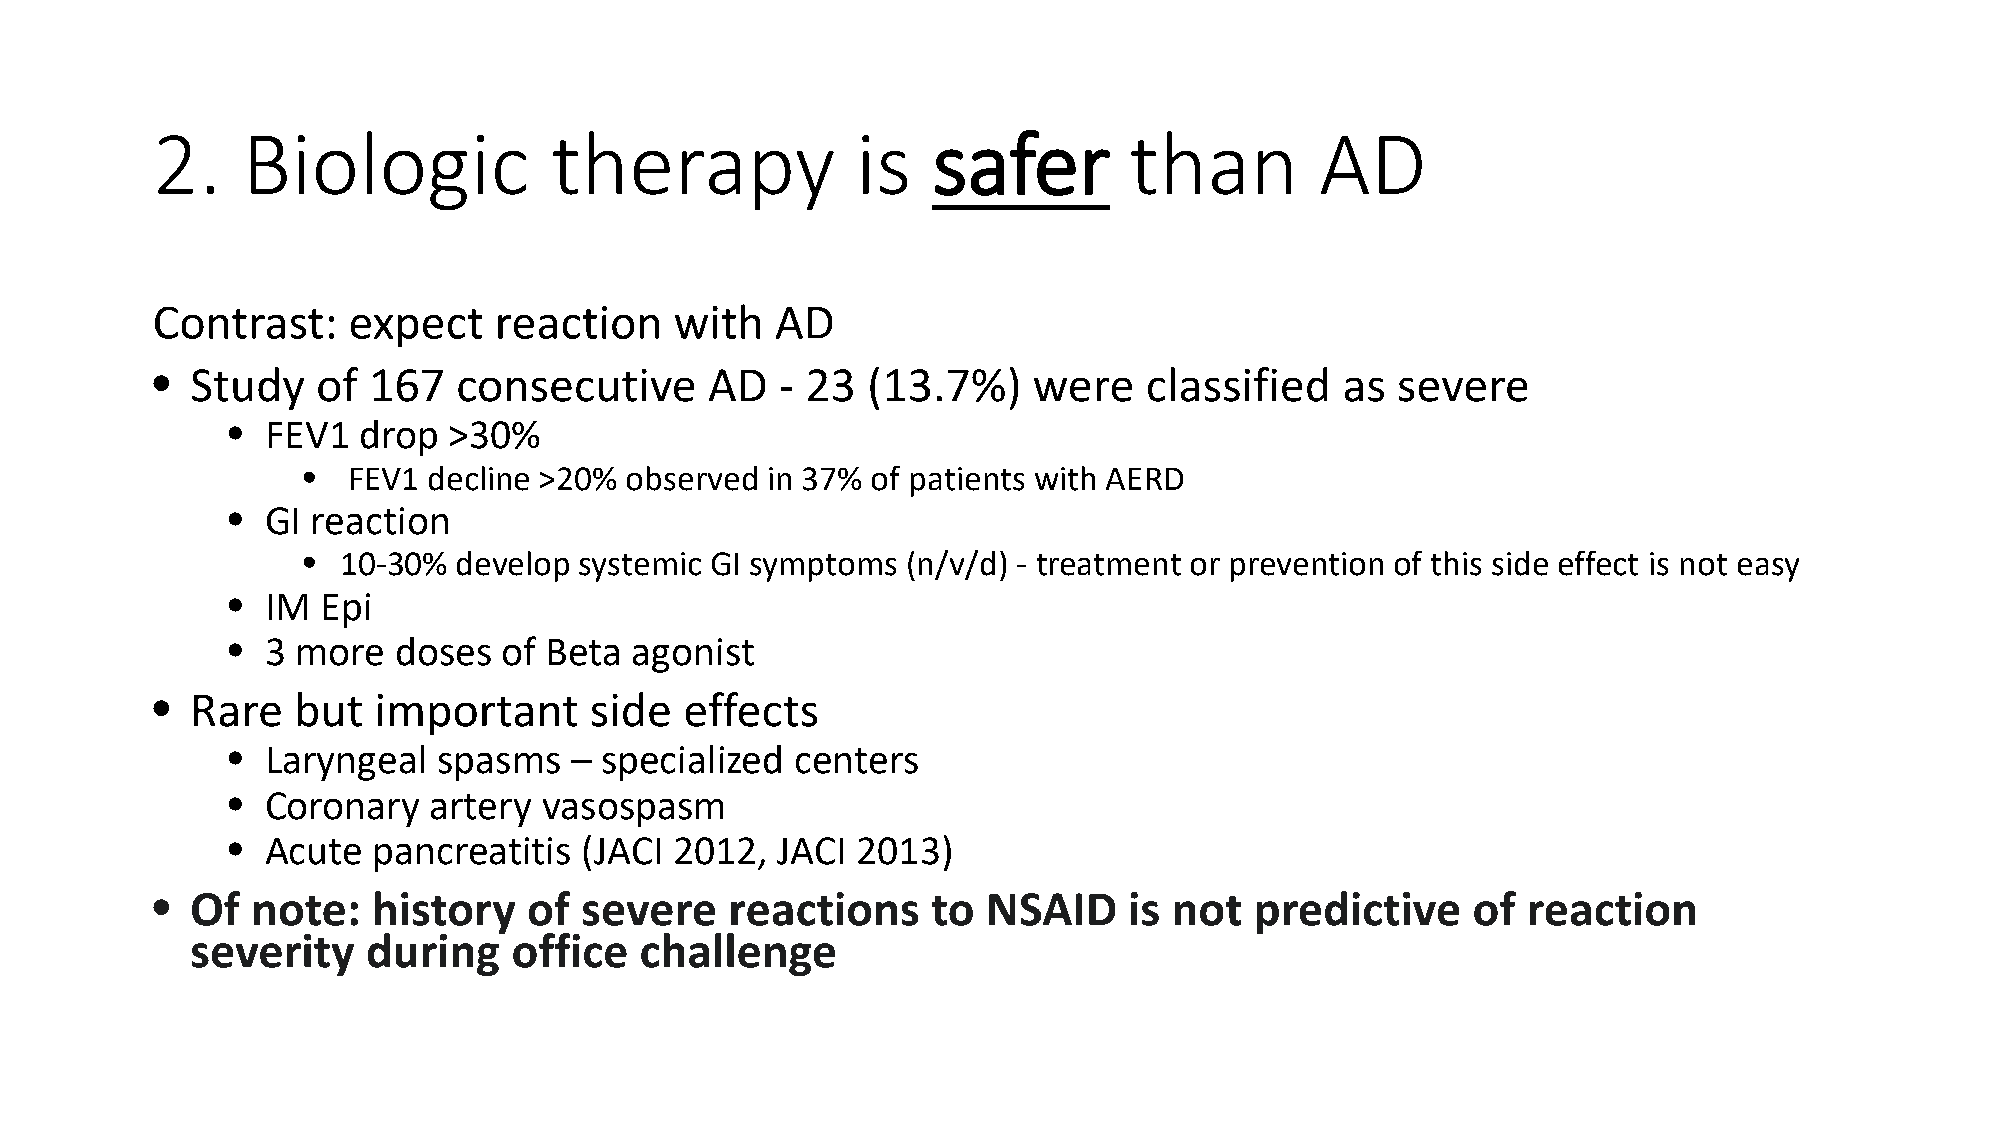
2.    Biologic            therapy              is   safer        than        AD
 Contrast:    expect    reaction    with  AD
 •  Study   of 167   consecutive      AD   - 23 (13.7%)    were    classified   as severe
 •  FEV1  drop  >30%
 •  FEV1 decline >20% observed  in 37% of patients with AERD
 •  GI reaction
 •  10-30% develop systemic GI symptoms  (n/v/d) - treatment or prevention of this side effect is not easy
 •  IM Epi
 •  3 more  doses  of Beta  agonist
 •  Rare  but   important     side  effects
 •  Laryngeal  spasms   – specialized  centers
 •  Coronary  artery  vasospasm
 •  Acute  pancreatitis  (JACI 2012, JACI  2013)
 •  Of  note:   history   of severe    reactions     to NSAID     is not  predictive    of  reaction
 severity   during    office  challenge